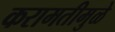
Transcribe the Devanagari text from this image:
करामतीमुळे